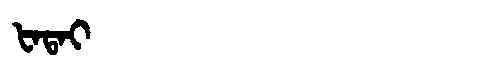
Manchu: ᡶᠠᡨᠠᡳ
Romanization: FATAI